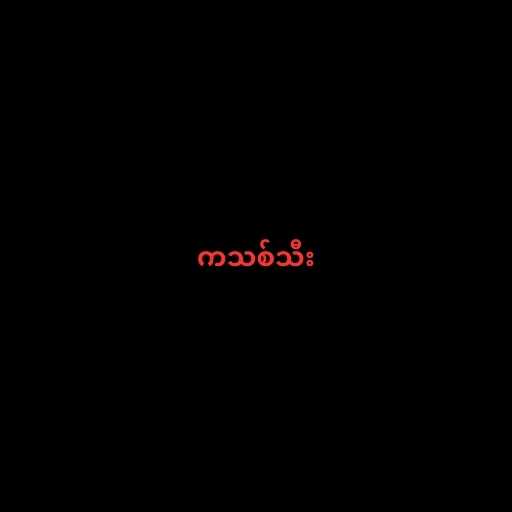
ကသစ်သီး